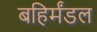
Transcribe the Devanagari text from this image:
बहिर्मंडल